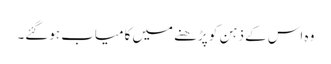
وہ اس کے ذہن کو پڑھنے میں کامیاب ہوگئے۔